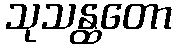
သုသန္ထတော